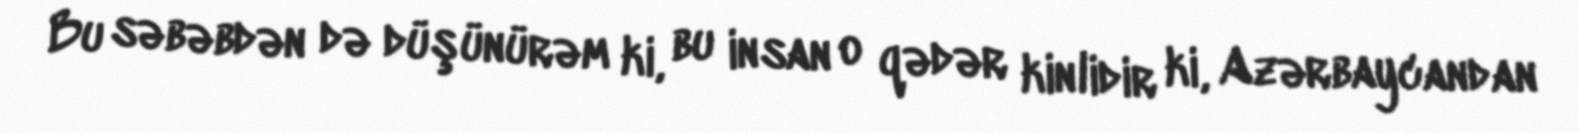
Bu səbəbdən də düşünürəm ki, bu insan o qədər kinlidir ki, Azərbaycandan